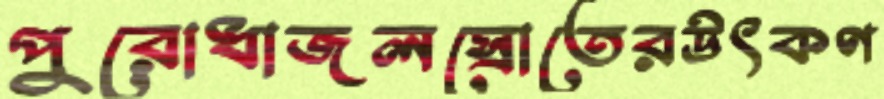
পুরোধাজলস্রোতেরউৎকণ